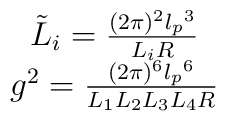
\begin{array}{rcl}&\tilde L_i= \frac{(2\pi)^2 {l_p}^3}{L_i R} \\&g^2= \frac{ (2\pi)^6 {l_p}^6}{L_1 L_2 L_3 L_4 R} \\\end{array}